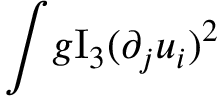
\int \! g \mathrm { I } _ { 3 } ( \partial _ { j } u _ { i } ) ^ { 2 }